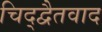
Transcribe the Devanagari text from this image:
चिद्द्वैतवाद